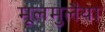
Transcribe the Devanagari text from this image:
मूलमुलैया